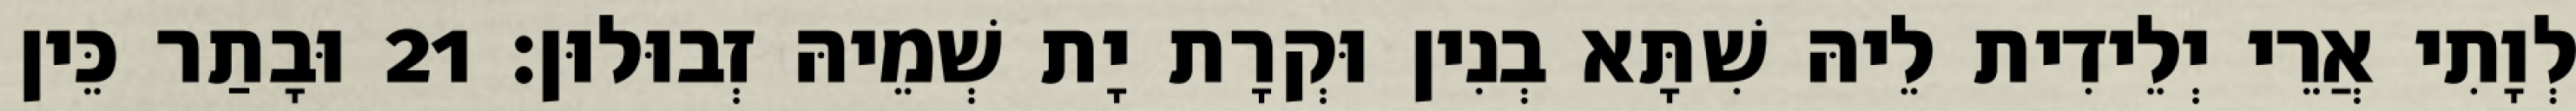
לְוָתִי אֲרֵי יְלֵידִית לֵיהּ שִׁתָּא בְנִין וּקְרָת יָת שְׁמֵיהּ זְבוּלוּן׃ 21 וּבָתַר כֵּין